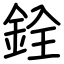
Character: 銓